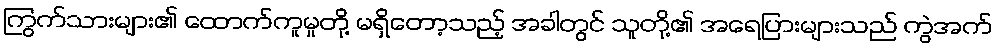
ကြွက်သားများ၏ ထောက်ကူမှုတို့ မရှိတော့သည့် အခါတွင် သူတို့၏ အရေပြားများသည် ကွဲအက်